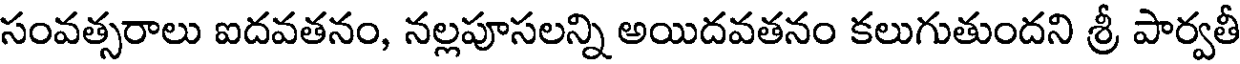
సంవత్సరాలు ఐదవతనం, నల్లపూసలన్ని అయిదవతనం కలుగుతుందని శ్రీ పార్వతీ